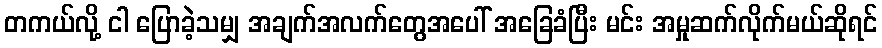
တကယ်လို့ ငါ ပြောခဲ့သမျှ အချက်အလက်တွေအပေါ် အခြေခံပြီး မင်း အမှုဆက်လိုက်မယ်ဆိုရင်